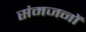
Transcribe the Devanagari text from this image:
संमजनों